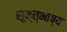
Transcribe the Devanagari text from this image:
सूक्त्भाष्य